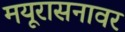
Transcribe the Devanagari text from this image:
मयूरासनावर